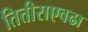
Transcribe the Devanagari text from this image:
तित्तीराएवढा